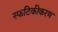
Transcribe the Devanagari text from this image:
स्फटिकीकरण